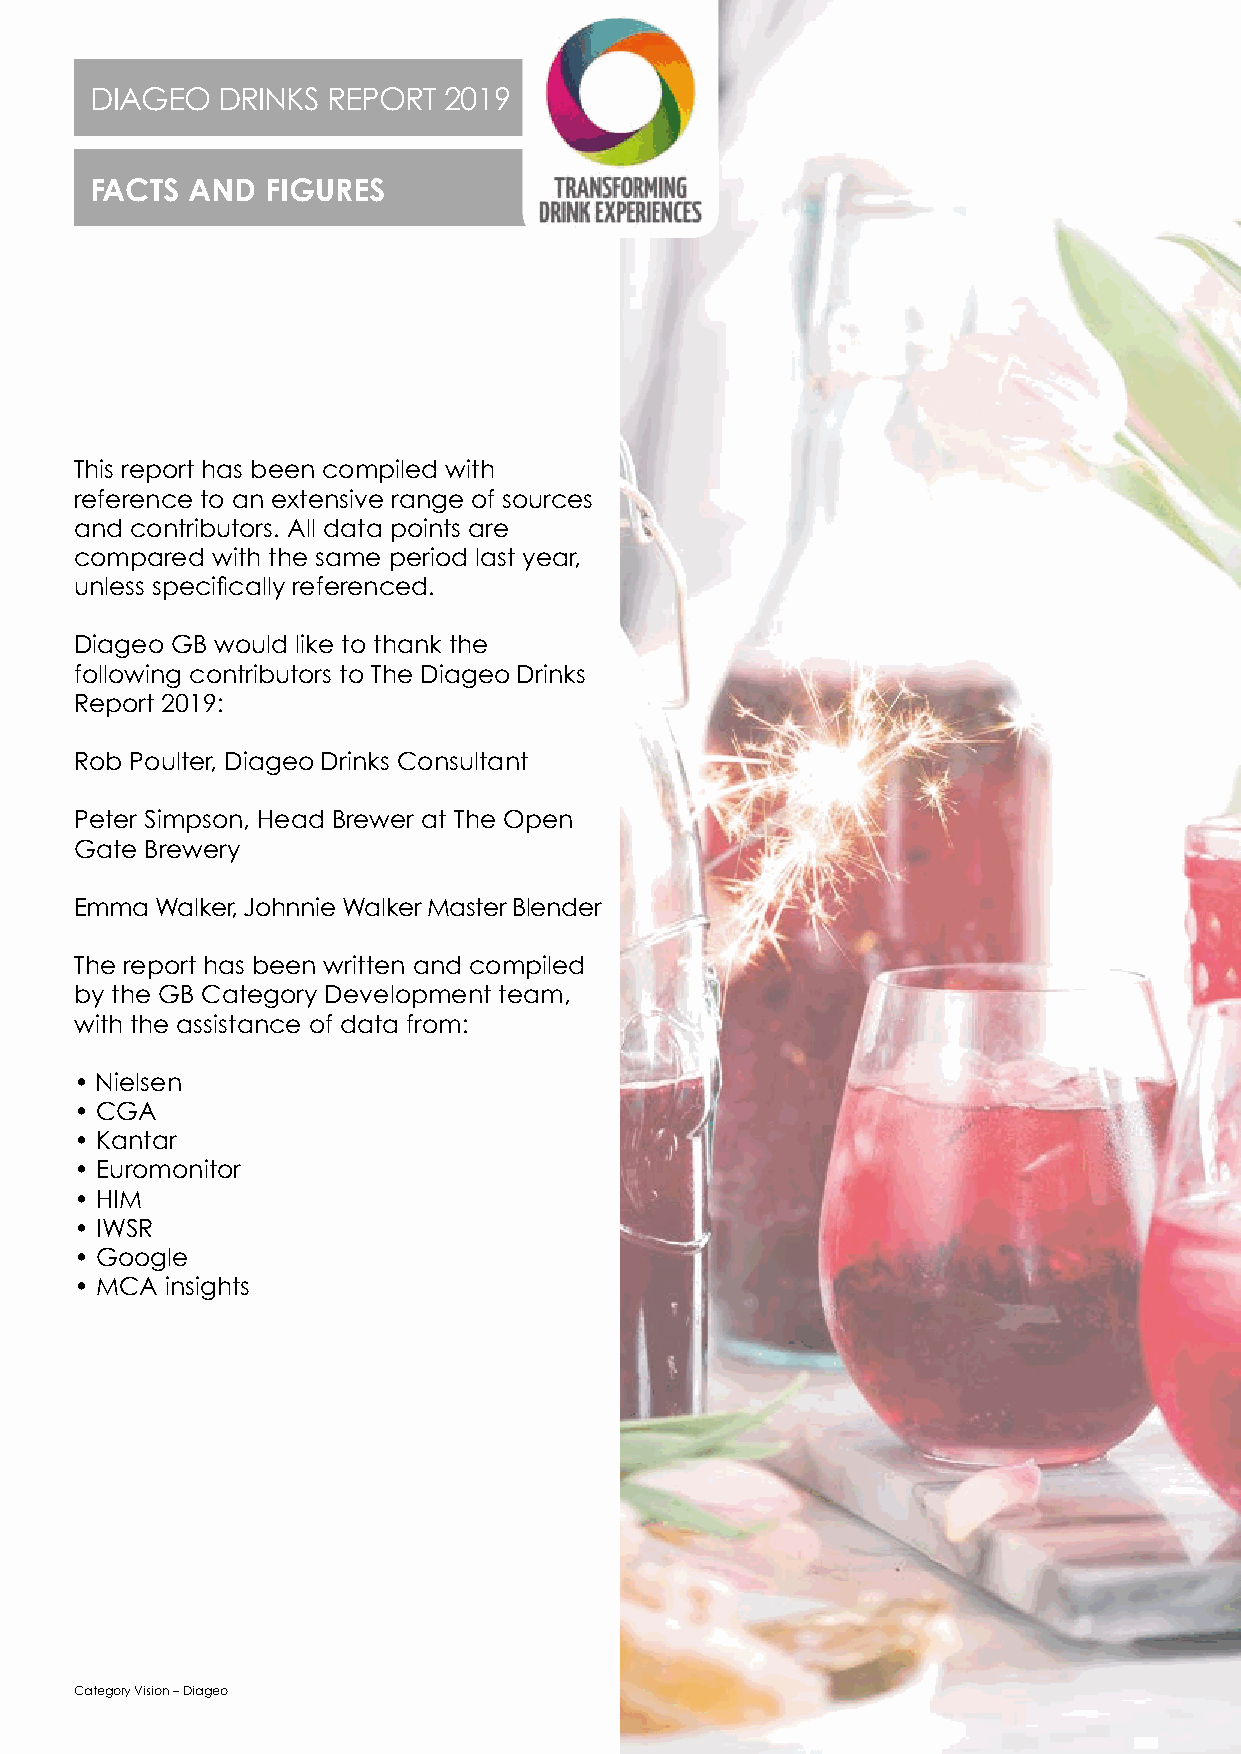
DIAGEO  DRINKS  REPORT 2019
 FACTS AND   FIGURES
 This report has been compiled with
 reference to an extensive range of sources
 and contributors. All data points are
 compared with the same period last year,
 unless specifically referenced.
 Diageo GB would like to thank the
 following contributors to The Diageo Drinks
 Report 2019:
 Rob Poulter, Diageo Drinks Consultant
 Peter Simpson, Head Brewer at The Open
 Gate Brewery
 Emma Walker, Johnnie Walker Master Blender
 The report has been written and compiled
 by the GB Category Development team,
 with the assistance of data from:
 • Nielsen
 • CGA
 • Kantar
 • Euromonitor
 • HIM
 • IWSR
 • Google
 • MCA insights
 Category Vision – Diageo